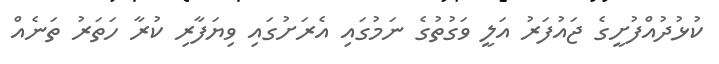
ކުޅުދުއްފުށީގެ ޖައުފަރު އަލީ ވަގުތުގެ ނަމުގައި އެރަށުގައި ވިޔަފާރި ކުރާ ހަތަރު ތަނެއް